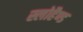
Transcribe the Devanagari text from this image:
स्लोहैण्ड